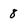
Character: 8